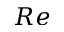
R e